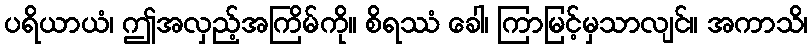
ပရိယာယံ၊ ဤအလှည့်အကြိမ်ကို။ စိရဿံ ခေါ၊ ကြာမြင့်မှသာလျင်။ အကာသိ၊